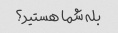
بله شما هستید؟